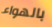
بالهواء